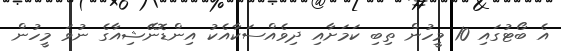
އެ ބޯޓުގައި 10 މީހުން ތިބި ކަމަށާއި ދިވެއްސަކާއެކު އިންޑޮނޭޝިއާގެ ނުވަ މީހުން